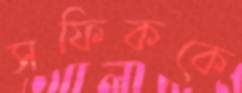
সফিককে